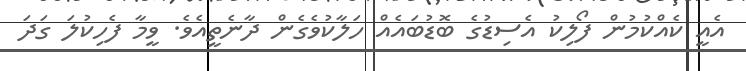
އެއީ ކެއްކުމުން ފޯލިކު އެސިޑުގެ ބޮޑުބައެއް ހަލާކުވެގެން ދާނެތީއެވެ. ވީމާ ފެހިކުލަ ގަދަ